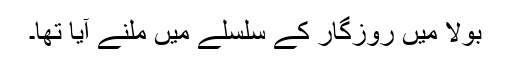
بولا میں روزگار کے سلسلے میں ملنے آیا تھا۔